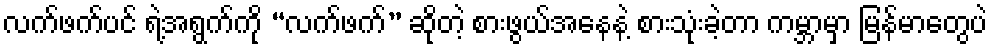
လက်ဖက်ပင် ရဲ့အရွက်ကို “လက်ဖက်” ဆိုတဲ့ စားဖွယ်အနေနဲ့ စားသုံးခဲ့တာ ကမ္ဘာမှာ မြန်မာတွေပဲ